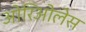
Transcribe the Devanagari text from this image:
ओरिओलेस